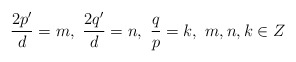
\begin{align*}\frac{2p'}{d}=m, \, \, \frac{2q'}{d}=n, \, \, \frac{q}{p}=k, \, \, m,n, k \in Z\end{align*}